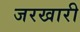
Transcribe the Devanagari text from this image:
जरखारी